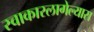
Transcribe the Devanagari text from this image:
स्वाकारलागेल्यास